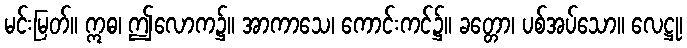
မင်းမြတ်။ ဣဓ၊ ဤလောက၌။ အာကာသေ၊ ကောင်းကင်၌။ ခတ္တော၊ ပစ်အပ်သော။ လေဋ္ဌု၊